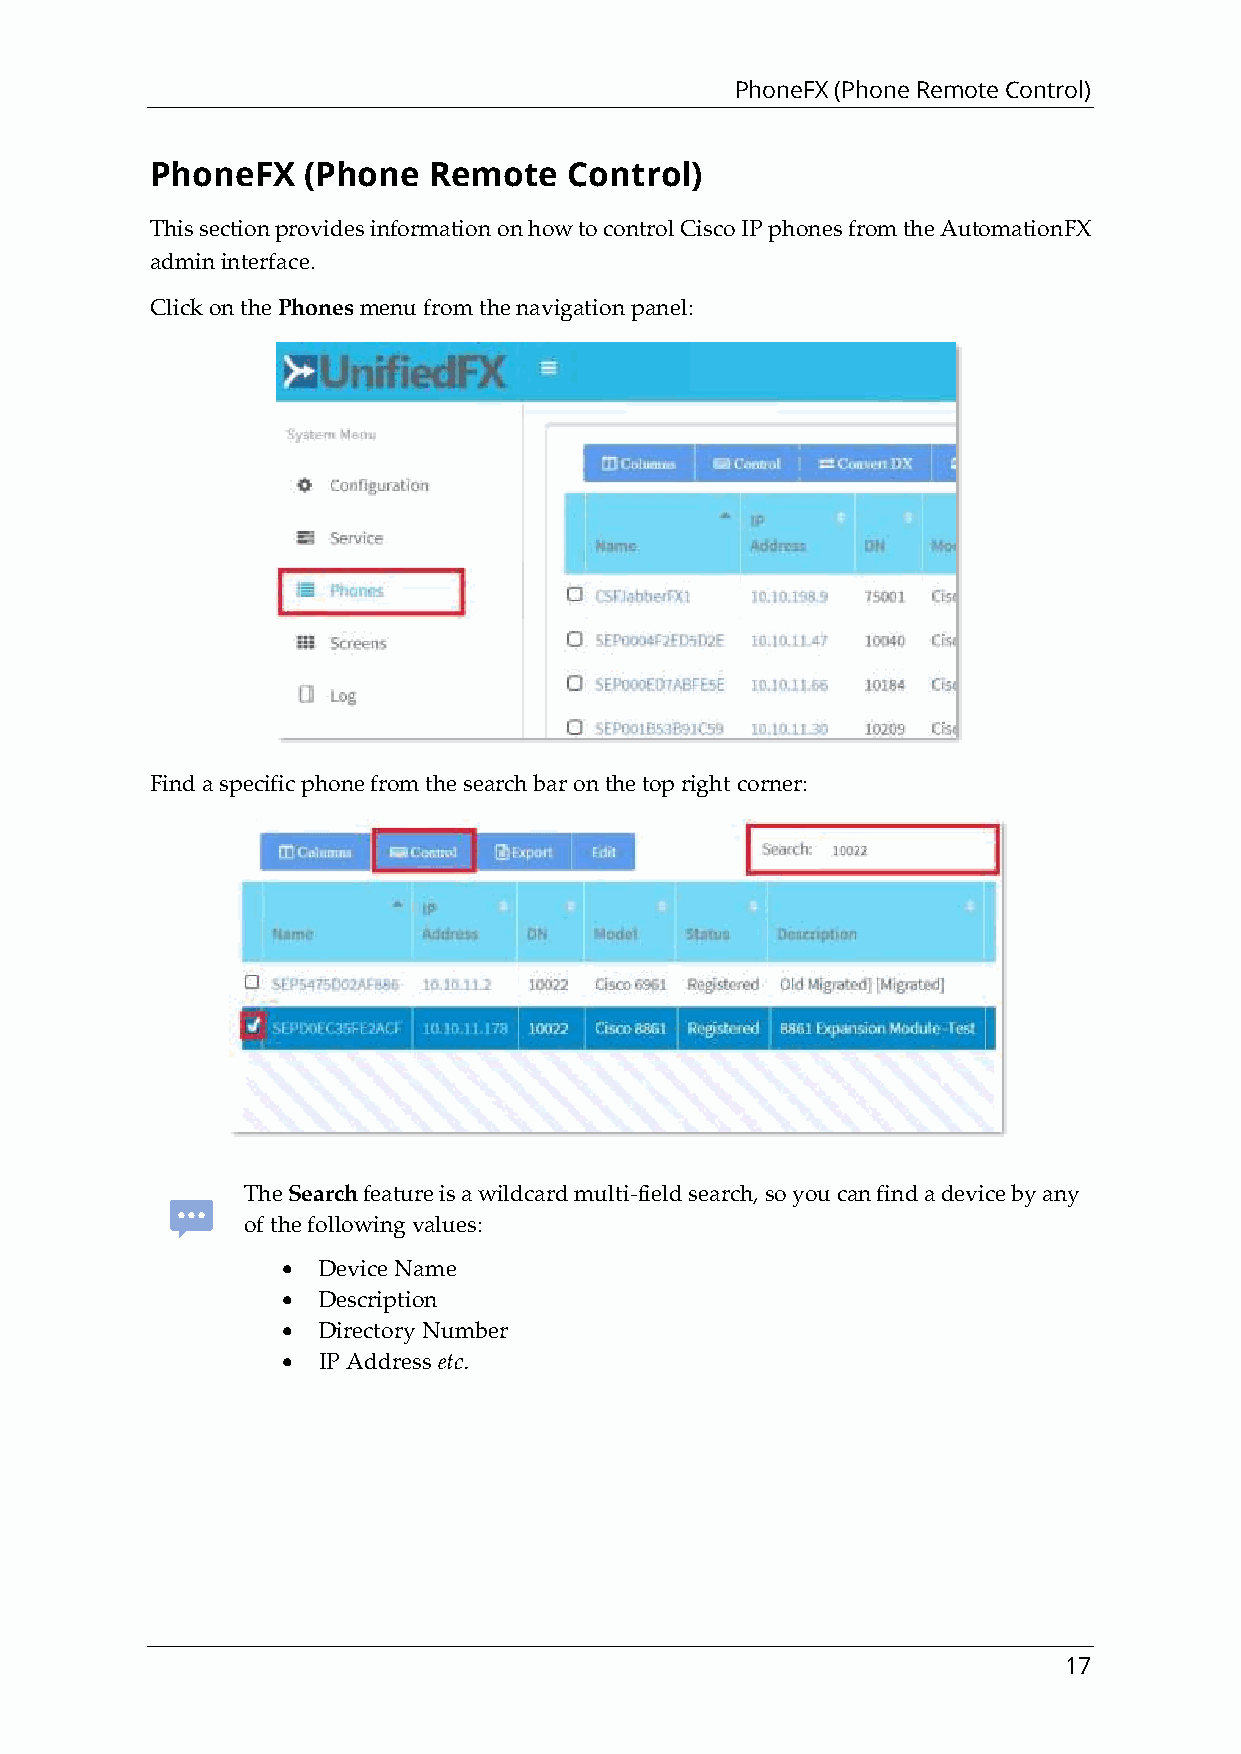
PhoneFX (Phone Remote Control)
 PhoneFX   (Phone  Remote    Control)
 This section provides information on how to control Cisco IP phones from the AutomationFX
 admin interface.
 Click on the Phones menu from the navigation panel:
 Find a specific phone from the search bar on the top right corner:
 The Search feature is a wildcard multi-field search, so you can find a device by any
 of the following values:
 • Device Name
 • Description
 • Directory Number
 • IP Address etc.
 17